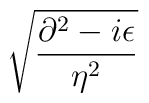
\sqrt{\frac{\partial ^{2}-i\epsilon }{\eta ^{2}}}